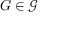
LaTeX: G \in { \mathcal { G } }